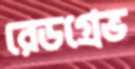
রেডগ্রেভ